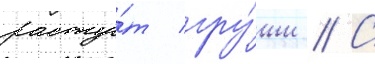
расту́т гру́ши // С